Veterinary [1916] -
Year: 1916
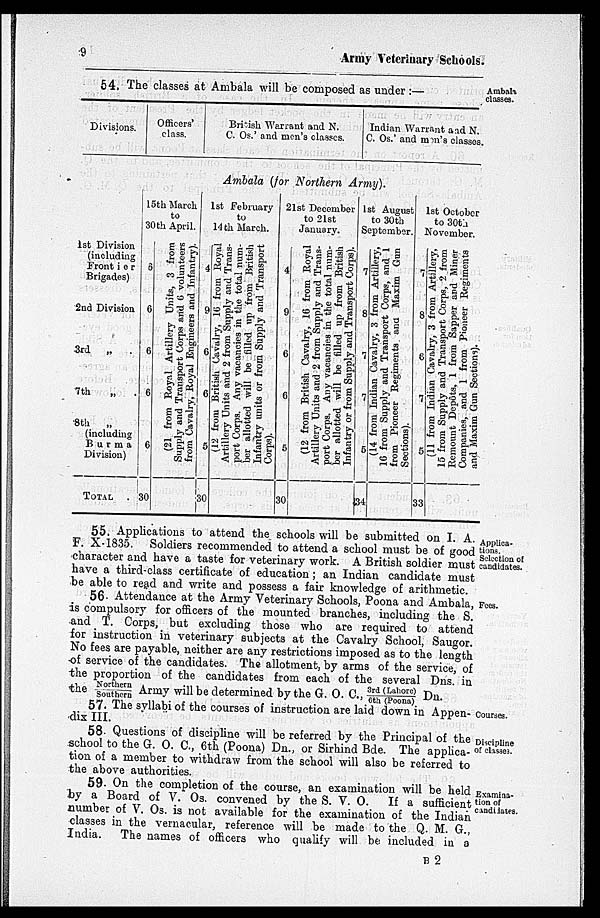
9
Army Veterinary Schools.
Ambala
classes.
54. The classes at Ambala will be composed as under:—
Divisions.
Officers'
class.
British Warrant and N.
C. Os.' and men's classes.
Indian Warrant and N
C. Os.' and men's classes.
Ambala (for Northern Army).
1st Division
(including
Frontier
Brigades)
2nd Division
3rd „ .
7th
„ .
8th
„
(including
Burma
Division)
Total .
15th March
to
30th April.
6
6
6
6
6
30
(21 from Royal Artillery Units, 3 from
Supply and Transport Corps and 6 volunteers
from Cavalry, Royal Engineers and Infantry).
1st February
to
14th March.
4
9
6
6
5
30
(12 from British Cavalry, 16 from Royal
Artillery Units and 2 from Supply and Trans-
port Corps. Any vacancies in the total num-
ber allotted will be filled up from British
Infantry units or from Supply and Transport
Corps).
21st December
to 21st
January.
4
9
6
6
5
30
(12 from British Cavalry, 16 from Royal
Artillery Units and 2 from Supply and Trans-
port Corps. Any vacancies in the total num-
ber allotted will be filled up from British
Infantry or from Supply and Transport Corps).
1st August
to 30th
September.
7
8
7
7
5
34
(14 from Indian Cavalry, 3 from Artillery,
16
from Supply and Transport Corps, and 1
from Pioneer Regiments and Maxim Gun
Sections)
1st October
to 30th
November.
7
8
6
7
5
33
(11 from Indian cavalry, 3 from Artillery.
15 from Supply and Transport Corps, 2 from
Remount Depôts.
1 from Sapper and Miner
Companies, and 1 from Pioneer Regiments
and Maxim Gun Sections).
Applica-
tions.
Selection of
candidates.
55. Applications to attend the schools will be submitted on I. A.
F. X-1835. Soldiers recommended to attend a school must be of good
character and have a taste for veterinary work. A British soldier must
have a third-class certificate of education ; an Indian candidate must
be able to read and write and possess a fair knowledge of arithmetic.
Fees.
56. Attendance at the Army Veterinary Schools, Poona and Ambala,
is compulsory for officers of the mounted branches, including the S.
and T. Corps, but excluding those who are required to attend
for instruction in veterinary subjects at the Cavalry School, Saugor.
No fees are payable, neither are any restrictions imposed as to the length
of service of the candidates. The allotment, by arms of the service, of
the proportion of the candidates from each of the several Dns. in
the Northern/Southern Army will be determined by the G. O. C., 3rd (Lahore/6th (Poona) Dn.
Courses.
57. The syllabi of the courses of instruction are laid down in Appen-
dix III.
Discipline
of cl asses.
58. Questions of discipline will be referred by the Principal of the
school to the G. O. C., 6th (Poona) Dn., or Sirhind Bde. The applica-
tion of a member to withdraw from the school will also be referred to
the above authorities.
Examina-
tion of
candidates.
59. On the completion of the course, an examination will be held
by a Board of V. Os. convened by the S. V. O. If a sufficient
number of V. Os. is not available for the examination of the Indian
classes in the vernacular, reference will be made to the Q. M. G.,
India. The names of officers who qualify will be included in a
B 2